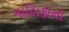
માલિકોનો